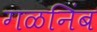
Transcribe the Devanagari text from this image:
गळनिंब